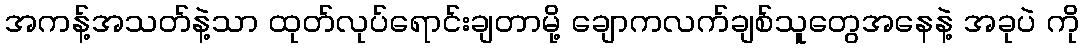
အကန့်အသတ်နဲ့သာ ထုတ်လုပ်ရောင်းချတာမို့ ချောကလက်ချစ်သူတွေအနေနဲ့ အခုပဲ ကို